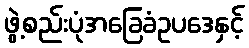
ဖွဲ့စည်းပုံအခြေခံဥပဒေနှင့်